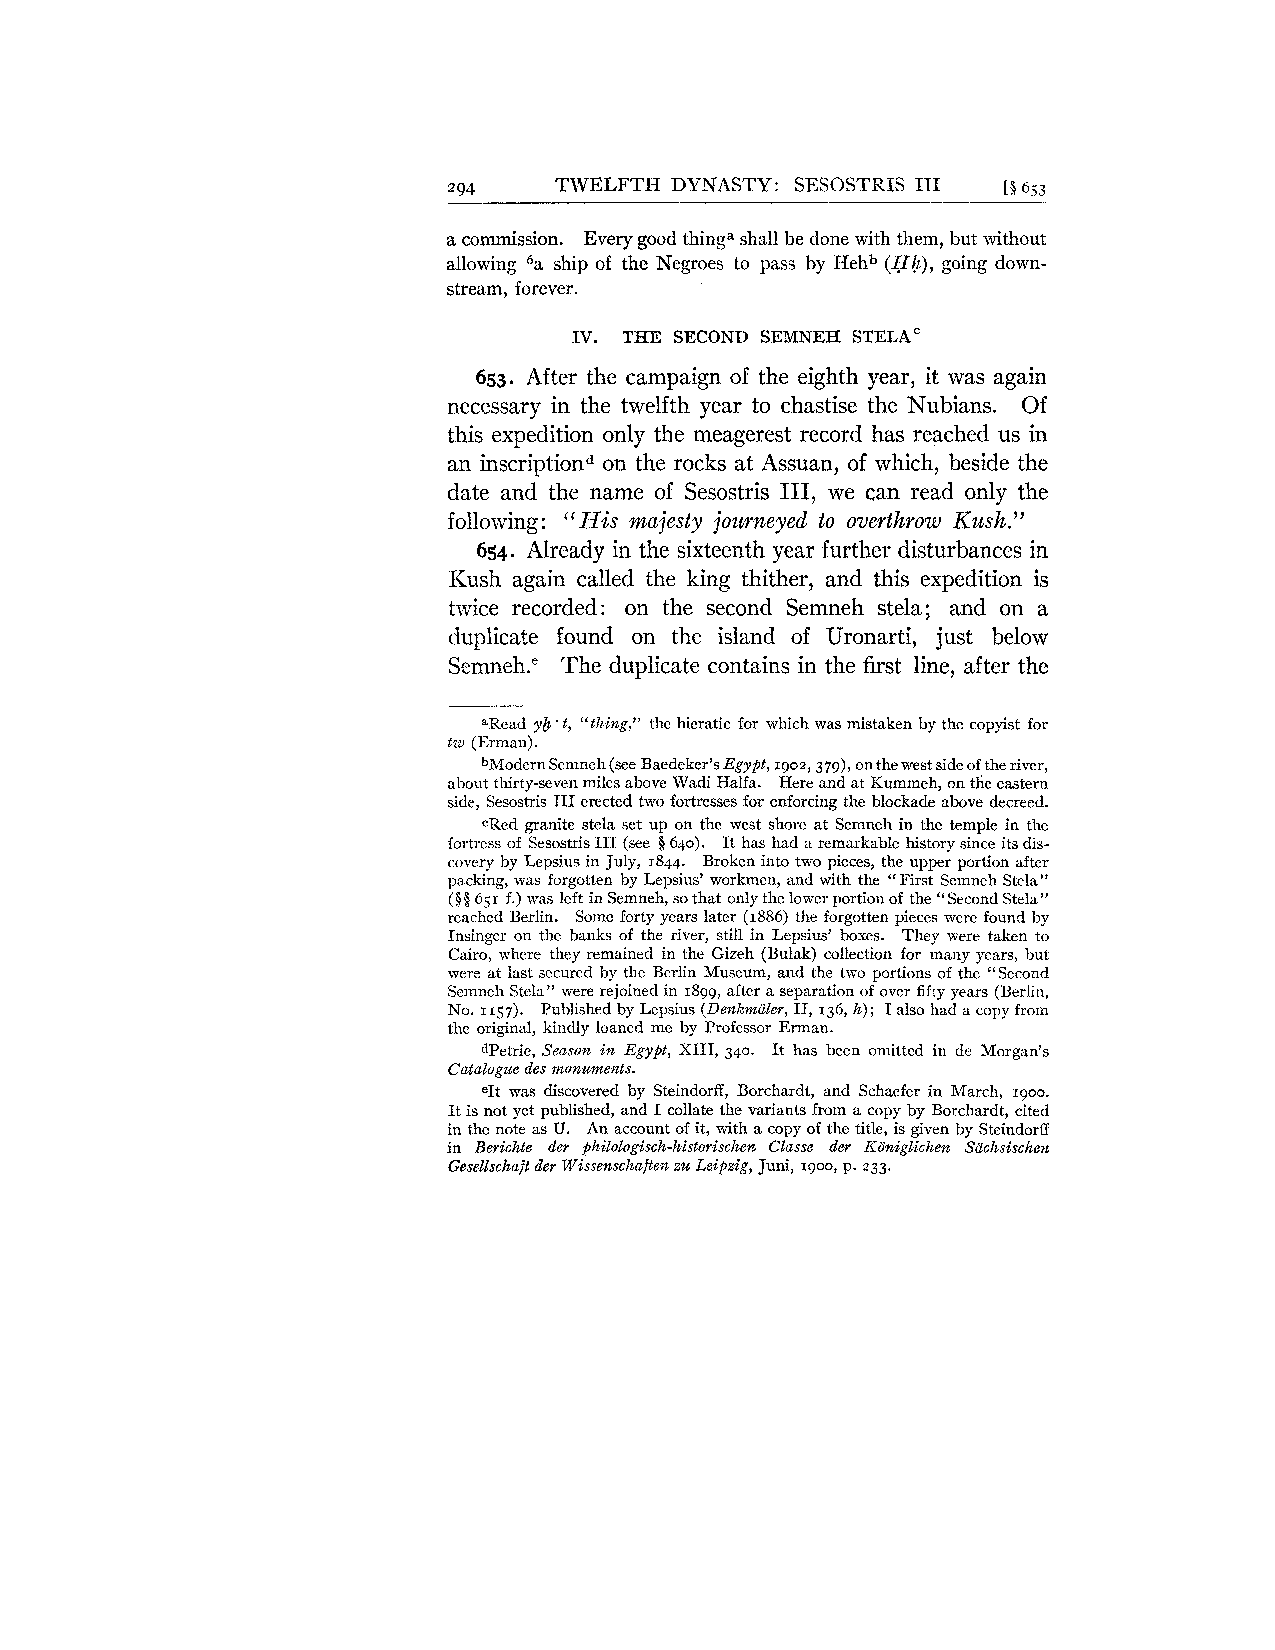
294    TWELFTH DYNASTY: SESOSTRIS IT1 [I 653
 a commission. Every good thinga shall be done with them, but without
 allowing 6a ship of the Negroes to pass by EIehb (Hh), going down-
 stream, forever.
 IV. THE SECOND SEMNEH STELA'
 653. After the campaign of the eighth year, it was again
 necessary in the twelfth year to chastise the Nubians. Of
 this expedition only the meagerest record has reached us in
 an inscriptiond on the rocks at Assuan, of which, beside the
 date and the name of Sesostris 111, we can read only the
 following: "His majesty journeyed to overthrow Kush."
 654. Already in the sixteenth year further disturbances in
 Ihsh again called the king thither, and this expedition is
 twice recorded: on the second Semneh stela; and on a
 duplicate found on the island of Uronarti, just below
 Semneh." The duplicate contains in the first line, after the
 aRcad yE ' t, "thing." the hieratic for which was mistaken by the copyist for
 tw (Erman).
 bModern Semneh (see Baedeker's Egypt, 1902,379)~o n the west side of the river,
 about thirty-seven miles above Wadi Halfa. Here and at Kummeh, on the eastern
 side, Sesostris I11 erected two fortresses for enforcing the blockade above decreed.
 cRed granite stela set up on the west shore at Semneh in the temple in the
 fortress of Sesostris I11 (see 5 640). It has had a remarkable history since its dis-
 covery by Lepsius in July, 1844. Broken into two pieces, the upper portion after
 packing, was forgotten by Lepsius' workmen, and with the "First Semneh Stela"
 ($8 651 f.) was left in Semneh, so that only the lower portion of the "Second Stela"
 reached Berlin. Some forty years later (1886) the forgotten pieces wcre found by
 Insinger on the banks of the river, still in Lepsius' boxes. They were taken to
 Cairo, where they remained in the Gizeh (Bulak) collection for many years, but
 were at last secured by the Berlin Museum, and the two portions of the "Second
 Semneh Stcla" were rejoined in 1899, after a separation of over fif!y years (Berlin,
 No. 1157). Published by Lepsius (Denkmaler, 11, 136, h); I also had a copy from
 the original, kindly loaned me by Professor Erman.
 dPetrie, Seasofz in Egypt, XIII, 340. It has been omitted in de Morgan's
 Catalogue des monuments.
 eIt was discovered by Steindorff, Borchardt, and Schaefer in March, 1900.
 It is not yet published, and I collate the variants from a copy by Borchardt, cited
 in the note as U. An account of it, with a copy of the title, is given by Steindorff
 in Berichte der philologisch-historischen Classe der KBnigZichen Sachsische?t
 Gesellschajt der Wissenschujtesz 2% Leipzig, Juni, 1900, p. 233.